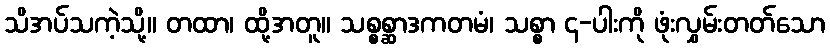
သိအပ်သကဲ့သို့။ တထာ၊ ထို့အတူ။ သစ္စစ္ဆာဒကတမံ၊ သစ္စာ ၄-ပါးကို ဖုံးလွှမ်းတတ်သော